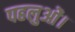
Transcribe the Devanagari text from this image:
पहलुओं।